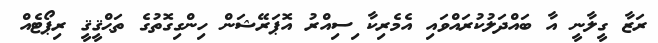
ރަޒާ ގީލާނީ އާ ބައްދަލުކުރައްވައި އެމެރިކާ ިސިއްރު އޮޕަރޭޝަން ހިންގިގޮތުގެ ތަޙްޤީޤީ ރިޕޯޓެއް